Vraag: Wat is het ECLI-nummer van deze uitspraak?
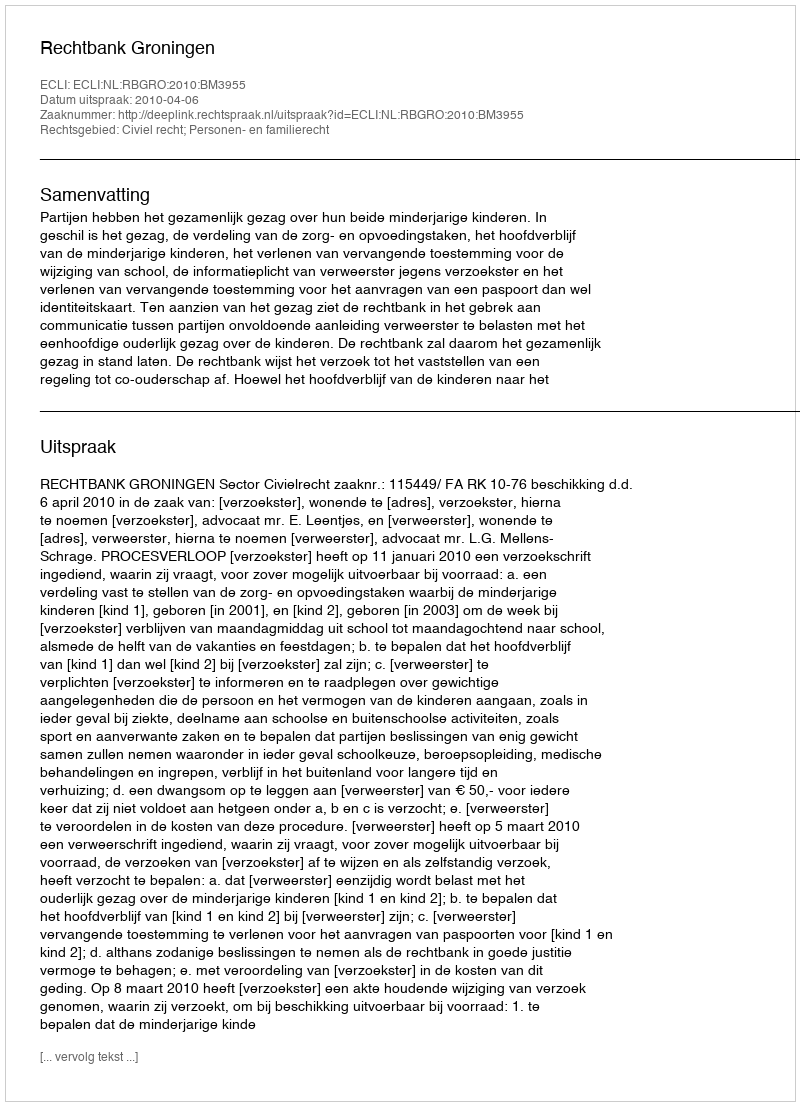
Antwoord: ECLI:NL:RBGRO:2010:BM3955